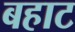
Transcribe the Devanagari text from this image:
बहाट